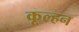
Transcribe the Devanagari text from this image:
कूल्हन